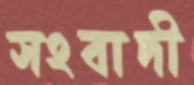
সংবাদী